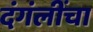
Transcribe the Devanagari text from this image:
दंगंलींचा